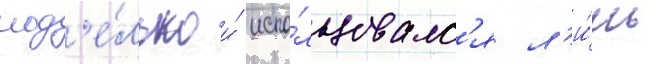
мод'е́лью и́ испо́льзовалс'я л'и́шь